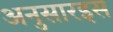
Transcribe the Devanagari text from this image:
अनुसारइस